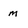
Character: m